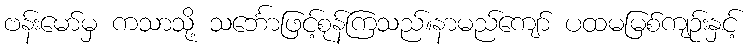
ဗန်းမော်မှ ကသာသို့ သင်္ဘောဖြင့်စုန်ကြသည်။နာမည်ကျော် ပထမမြစ်ကျဉ်းနှင့်